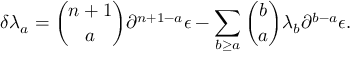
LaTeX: \delta \lambda _ { a } = { \binom { n + 1 } { a } } \partial ^ { n + 1 - a } \epsilon - \sum _ { b \geq a } { \binom { b } { a } } \lambda _ { b } \partial ^ { b - a } \epsilon .